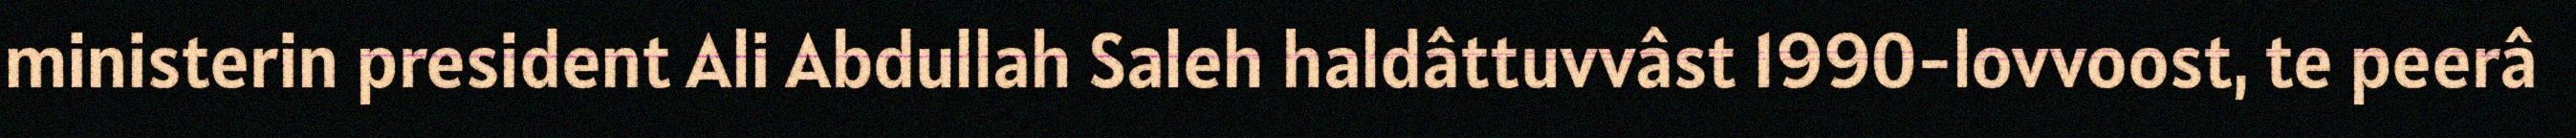
ministerin president Ali Abdullah Saleh haldâttuvvâst 1990-lovvoost, te peerâ